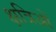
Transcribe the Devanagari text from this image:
क्षत्रिओं